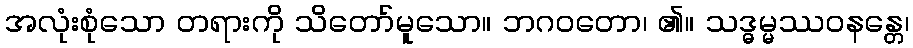
အလုံးစုံသော တရားကို သိတော်မူသော။ ဘဂဝတော၊ ၏။ သဒ္ဓမ္မဿဝနန္တေ၊